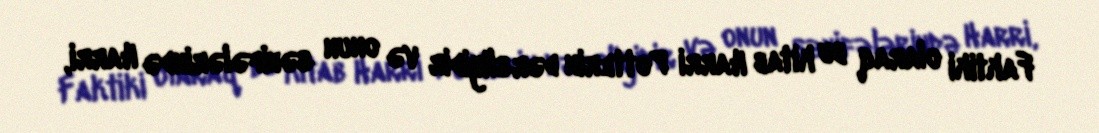
Faktiki olaraq bu kitab Harri Potterin dərsliyidir və onun səhifələrində Harri,